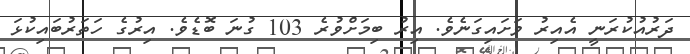
ދަރުއުކުރަނީ އެއިރު ވަށައިގަނެވެ. އިރު ބިމަށްވުރެ 103 ގުނަ ބޮޑެވެ. އިރުގެ ހަތަރުބައިކުޅަ